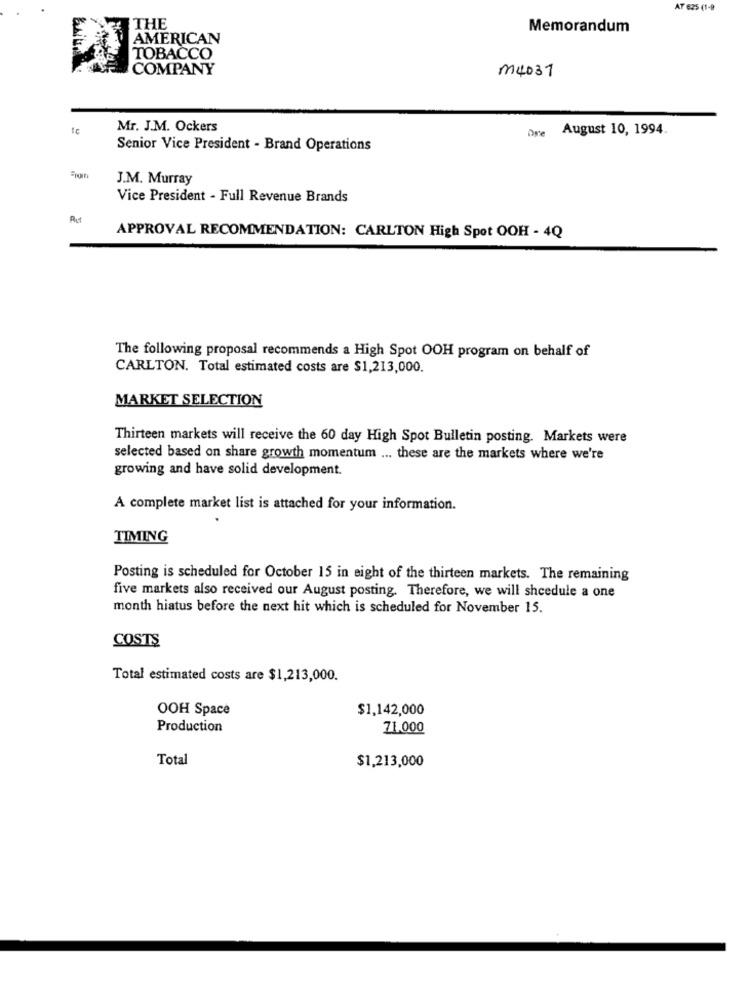
AT 625 (1-9
THE
Memorandum
AMERICAN
TOBACCO
COMPANY
m4031
Mr. J.M. Ockers
One August 10, 1994.
Senior Vice President - Brand Operations
J.M. Murray
Vice President - Full Revenue Brands
Aut
APPROVAL RECOMMENDATION: CARLTON High Spot OOH - 4Q
The following proposal recommends a High Spot OOH program on behalf of
CARLTON. Total estimated costs are $1,213,000.
MARKET SELECTION
Thirteen markets will receive the 60 day High Spot Bulletin posting. Markets were
selected based on share growth momentum ... these are the markets where we're
growing and have solid development.
A complete market list is attached for your information.
TIMING
Posting is scheduled for October 15 in eight of the thirteen markets. The remaining
five markets also received our August posting. Therefore, we will shcedule a one
month hiatus before the next hit which is scheduled for November 15.
COSTS
Total estimated costs are $1,213,000.
OOH Space
$1,142,000
Production
71.000
Total
$1,213,000